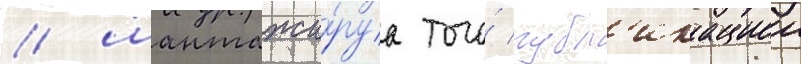
/ шантажи́руа того́ публ'икациеи